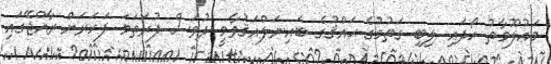
މަޢުލޫމާތު ހޯދައި ލިބި ގަތުމުގެ ޙައްޤުގެ ބައިނަލްއަޤުވާމީ ދުވަސް ފުރަތަމަ ފަހަރަށް ރާއްޖޭގައި